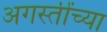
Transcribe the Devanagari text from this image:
अगस्तींच्या